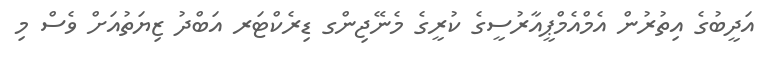
އަދީބުގެ އިތުރުން އެމްއެމްޕީއާރުސީގެ ކުރީގެ މެނޭޖިންގ ޑިރެކްޓަރ އަބްދު ޒިޔަތުއަށް ވެސް މި